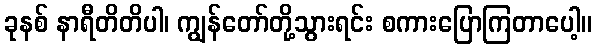
ခုနစ် နာရီတိတိပါ၊ ကျွန်တော်တို့သွားရင်း စကားပြောကြတာပေါ့။